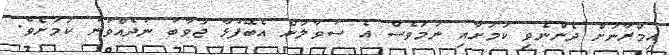
އިމްރާނަށް ދެންނެވި ކަމަށާއި ނަމަވެސް އެ ސުވާލަށް އެބޭފުޅާ ޖަވާބު ނުދެއްވުނު ކަމަށެވެ.